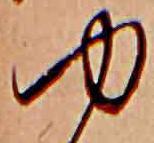
ゆ